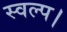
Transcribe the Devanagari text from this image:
स्वल्प।